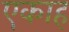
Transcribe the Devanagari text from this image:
एकाह